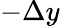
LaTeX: -\Delta y